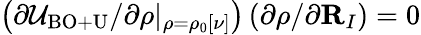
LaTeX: \left(\partial{\cal U}_{\mathrm{BO+U}}/\partial\rho\vert_{\rho=\rho_{0}[\nu]}\right)\left(\partial\rho/\partial{\mathbf R}_{I}\right)=0